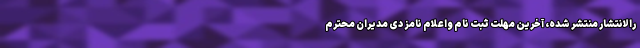
رالانتشار منتشر شده، آخرین مهلت ثبت نام واعلام نامزدی مدیران محترم